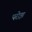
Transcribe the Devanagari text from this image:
परोझ